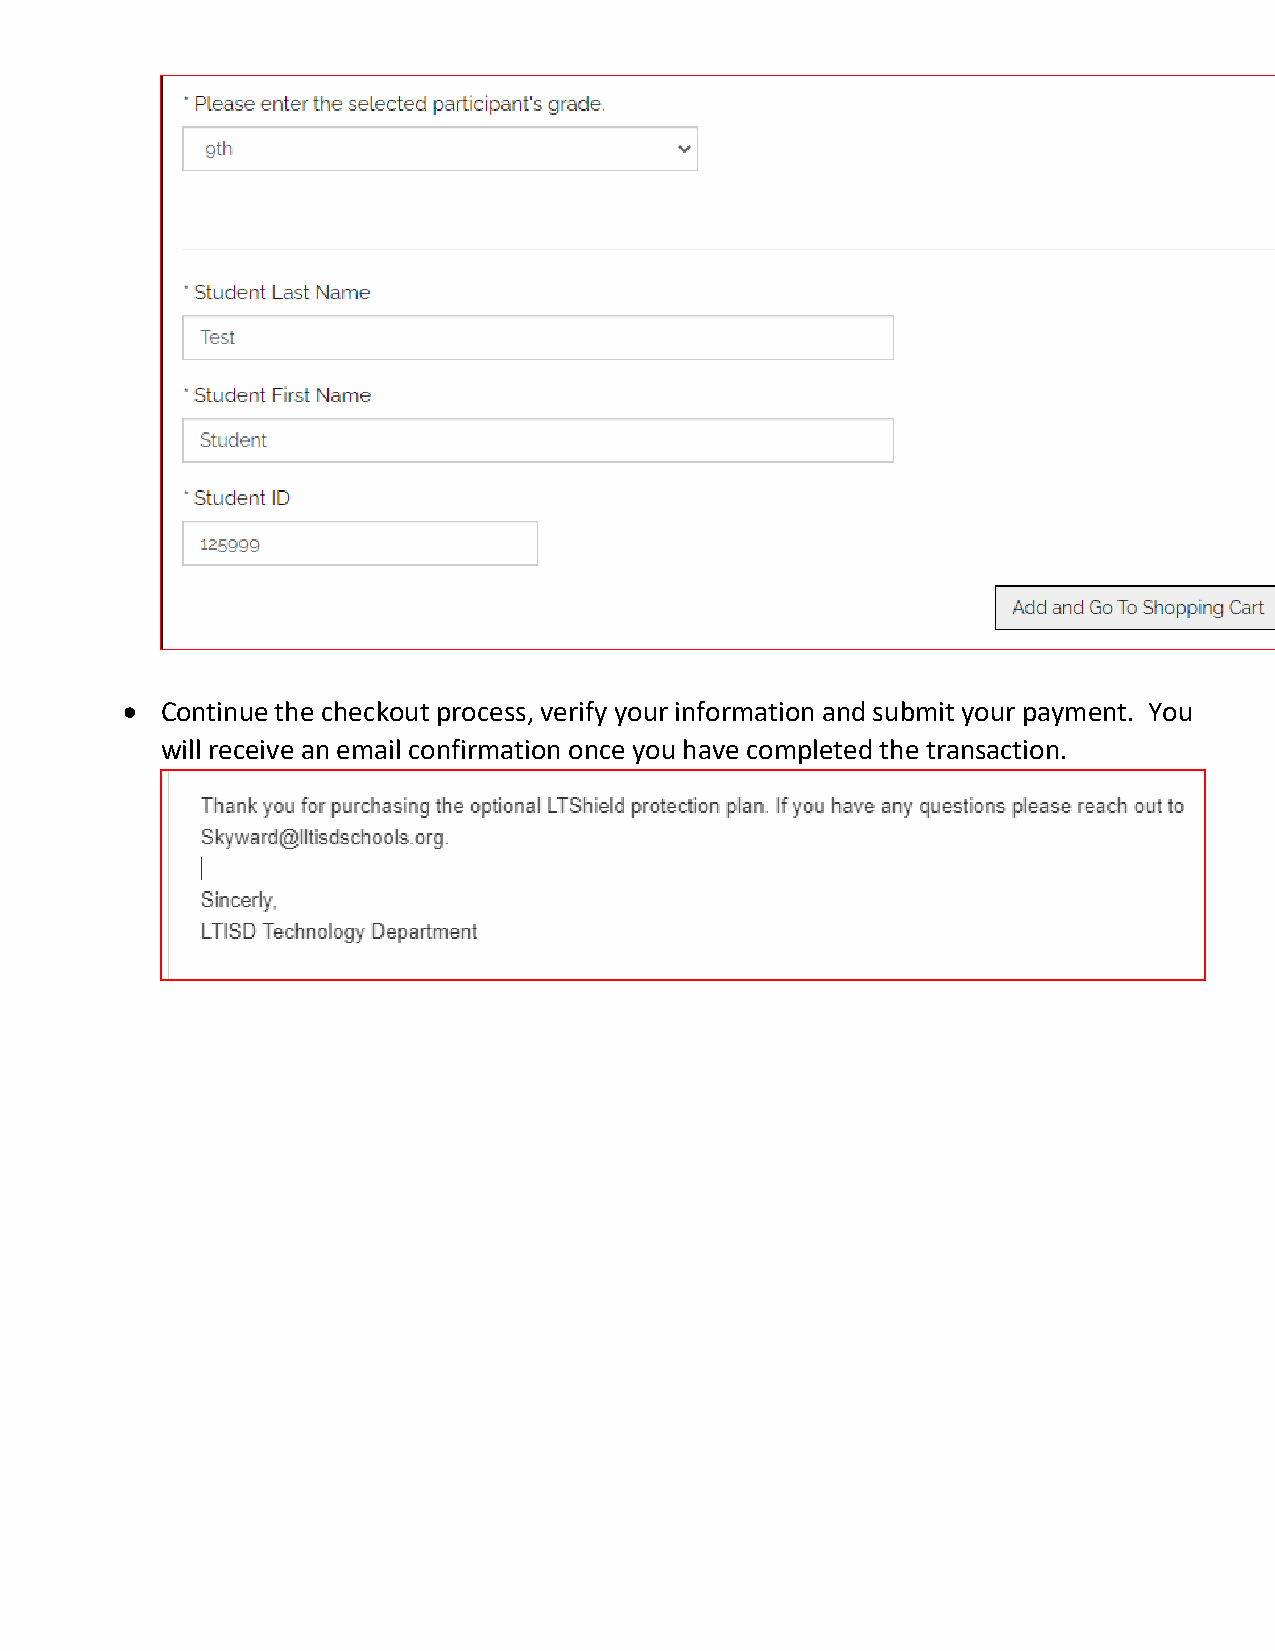
•  Continue the checkout process, verify your information and submit your payment. You
 will receive an email confirmation once you have completed the transaction.